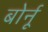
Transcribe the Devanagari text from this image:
बोर्नू